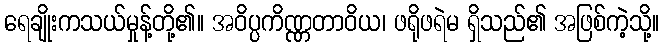
ရေချိုးကသယ်မှုန့်တို့၏။ အဝိပ္ပကိဏ္ဏတာဝိယ၊ ဖရိုဖရဲမ ရှိသည်၏ အဖြစ်ကဲ့သို့။